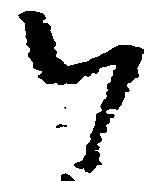
以